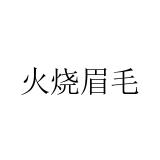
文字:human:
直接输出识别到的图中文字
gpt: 火烧眉毛